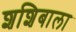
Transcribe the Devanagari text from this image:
शशिबाला